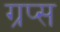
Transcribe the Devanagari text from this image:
ग्रप्स